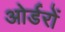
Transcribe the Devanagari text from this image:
ओर्डरों